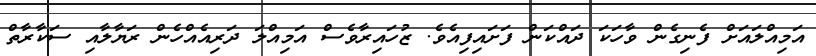
އަމިއްލައަށް ފެނިގެން ވާހަކަ ދައްކަން ފަށައިފިއެވެ. ޒުހައިރާވެސް އަމިއްލަ ދަރިއެއްހެން ރަޔާލާއި ސަކާރާތް